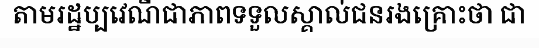
តាមរដ្ឋប្បវេណីជាភាពទទួលស្គាល់ជនរងគ្រោះថា ជា